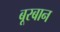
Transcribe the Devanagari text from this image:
बूरबान